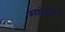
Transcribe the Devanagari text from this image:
सांघार